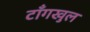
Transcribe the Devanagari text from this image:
टाँगखुल